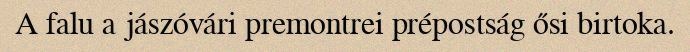
A falu a jászóvári premontrei prépostság ősi birtoka.